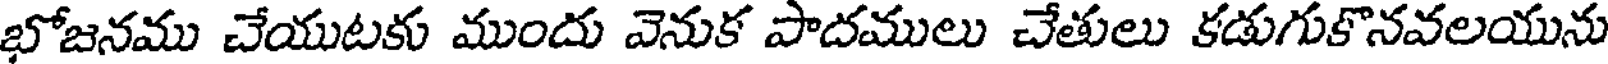
భోజనము చేయుటకు ముందు వెనుక పాదములు చేతులు కడుగుకొనవలయును